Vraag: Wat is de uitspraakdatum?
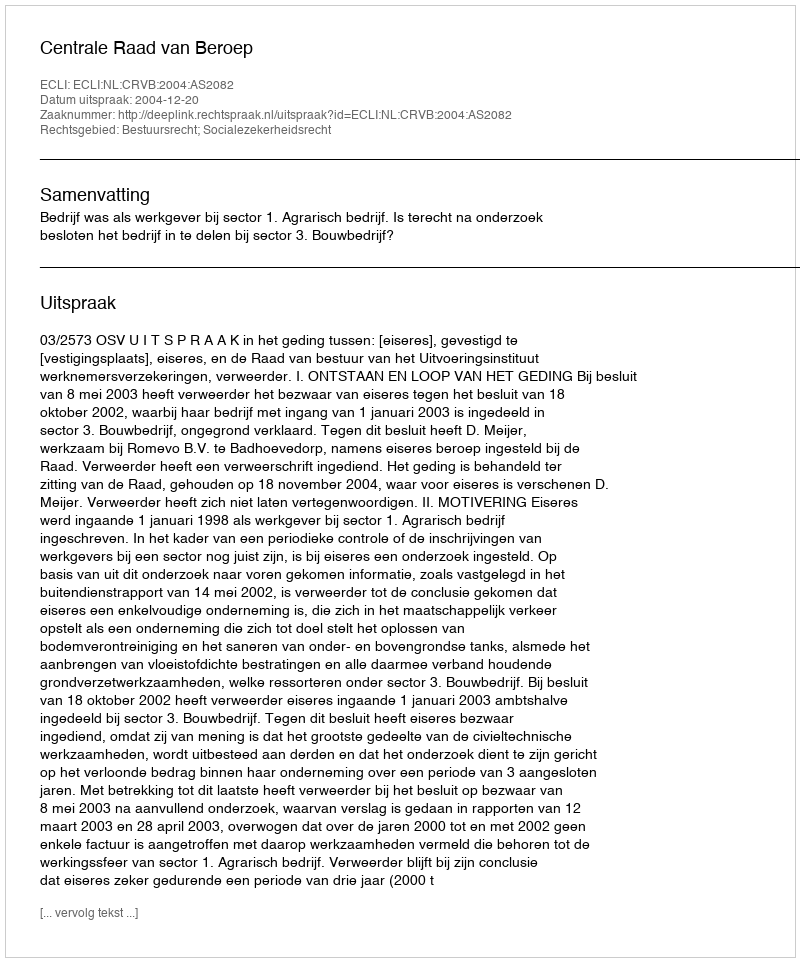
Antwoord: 2004-12-20